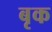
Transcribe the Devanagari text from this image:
बृक